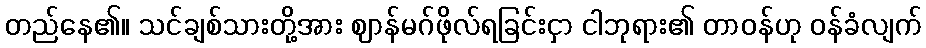
တည်နေ၏။ သင်ချစ်သားတို့အား ဈာန်မဂ်ဖိုလ်ရခြင်းငှာ ငါဘုရား၏ တာဝန်ဟု ဝန်ခံလျက်